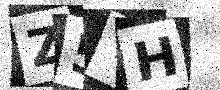
Text: Z5YH